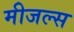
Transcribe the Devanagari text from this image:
मीजल्स